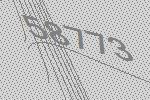
58773